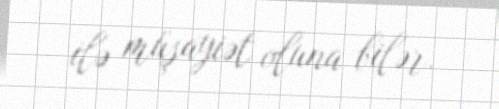
ilə müşayiət oluna bilər.